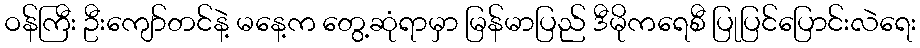
ဝန်ကြီး ဦးကျော်တင်နဲ့ မနေ့က တွေ့ဆုံရာမှာ မြန်မာပြည် ဒီမိုကရေစီ ပြုပြင်ပြောင်းလဲရေး